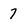
Character: 7